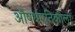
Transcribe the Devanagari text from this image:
औषधगतिकीला